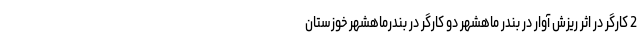
2 کارگر در اثر ریزش آوار در بندر ماهشهر دو کارگر در بندرماهشهر خوزستان